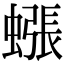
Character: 𧐊